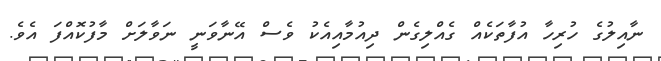
ނާއިލުގެ ހުރިހާ އުފާތަކެއް ގެއްލިގެން ދިއުމާއިއެކު ވެސް އޭނާވަނީ ނަވާލަށް މާފުކޮއްފަ އެވެ.